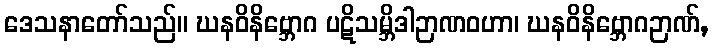
ဒေသနာတော်သည်။ ဃနဝိနိဗ္ဘောဂ ပဋိသမ္ဘိဒါဉာဏဝဟာ၊ ဃနဝိနိဗ္ဘောဂဉာဏ်,